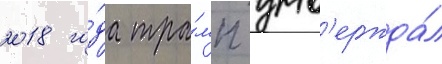
2018 го́да тра́мп утв'ержда́л